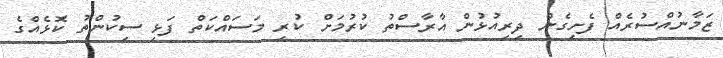
ޒަމާނުއްސުރެއް ފެށިގެން ދިރިއުޅުން އާރާސްތު ކުރުމަށް ކުރި މަސައްކަތް ފަޅި ސިކުންތު ކޮޅެއްގެ